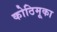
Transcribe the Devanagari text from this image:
कोठिमूका